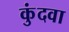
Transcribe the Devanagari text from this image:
कुंदवा